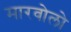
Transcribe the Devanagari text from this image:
मारवोलो